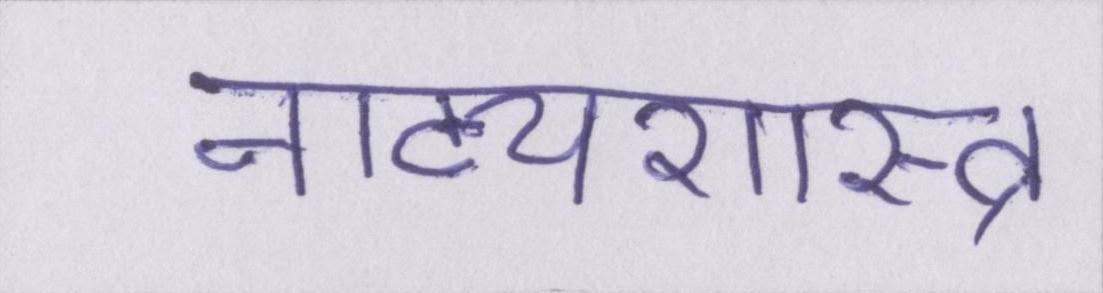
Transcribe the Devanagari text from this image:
नाट्यशास्त्र